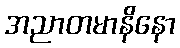
အညာတမာနိနော